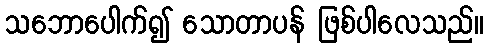
သဘောပေါက်၍ သောတာပန် ဖြစ်ပါလေသည်။